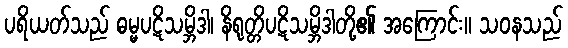
ပရိယတ်သည် ဓမ္မပဋိသမ္ဘိဒါ၊ နိရုတ္တိပဋိသမ္ဘိဒါတို့၏ အကြောင်း။ သဝနသည်